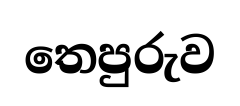
තෙපුරුව